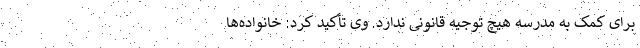
برای کمک به مدرسه هیچ توجیه قانونی ندارد. وی تأکید کرد: خانواده‌ها